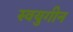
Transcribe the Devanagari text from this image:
स्वयुगीन